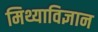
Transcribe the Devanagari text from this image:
मिथ्याविज्ञान